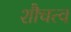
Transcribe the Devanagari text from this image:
शौचत्व